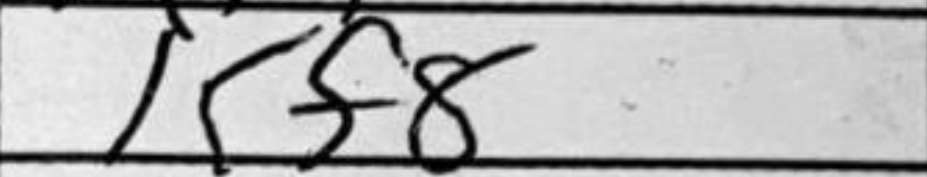
Transcription: Kf8